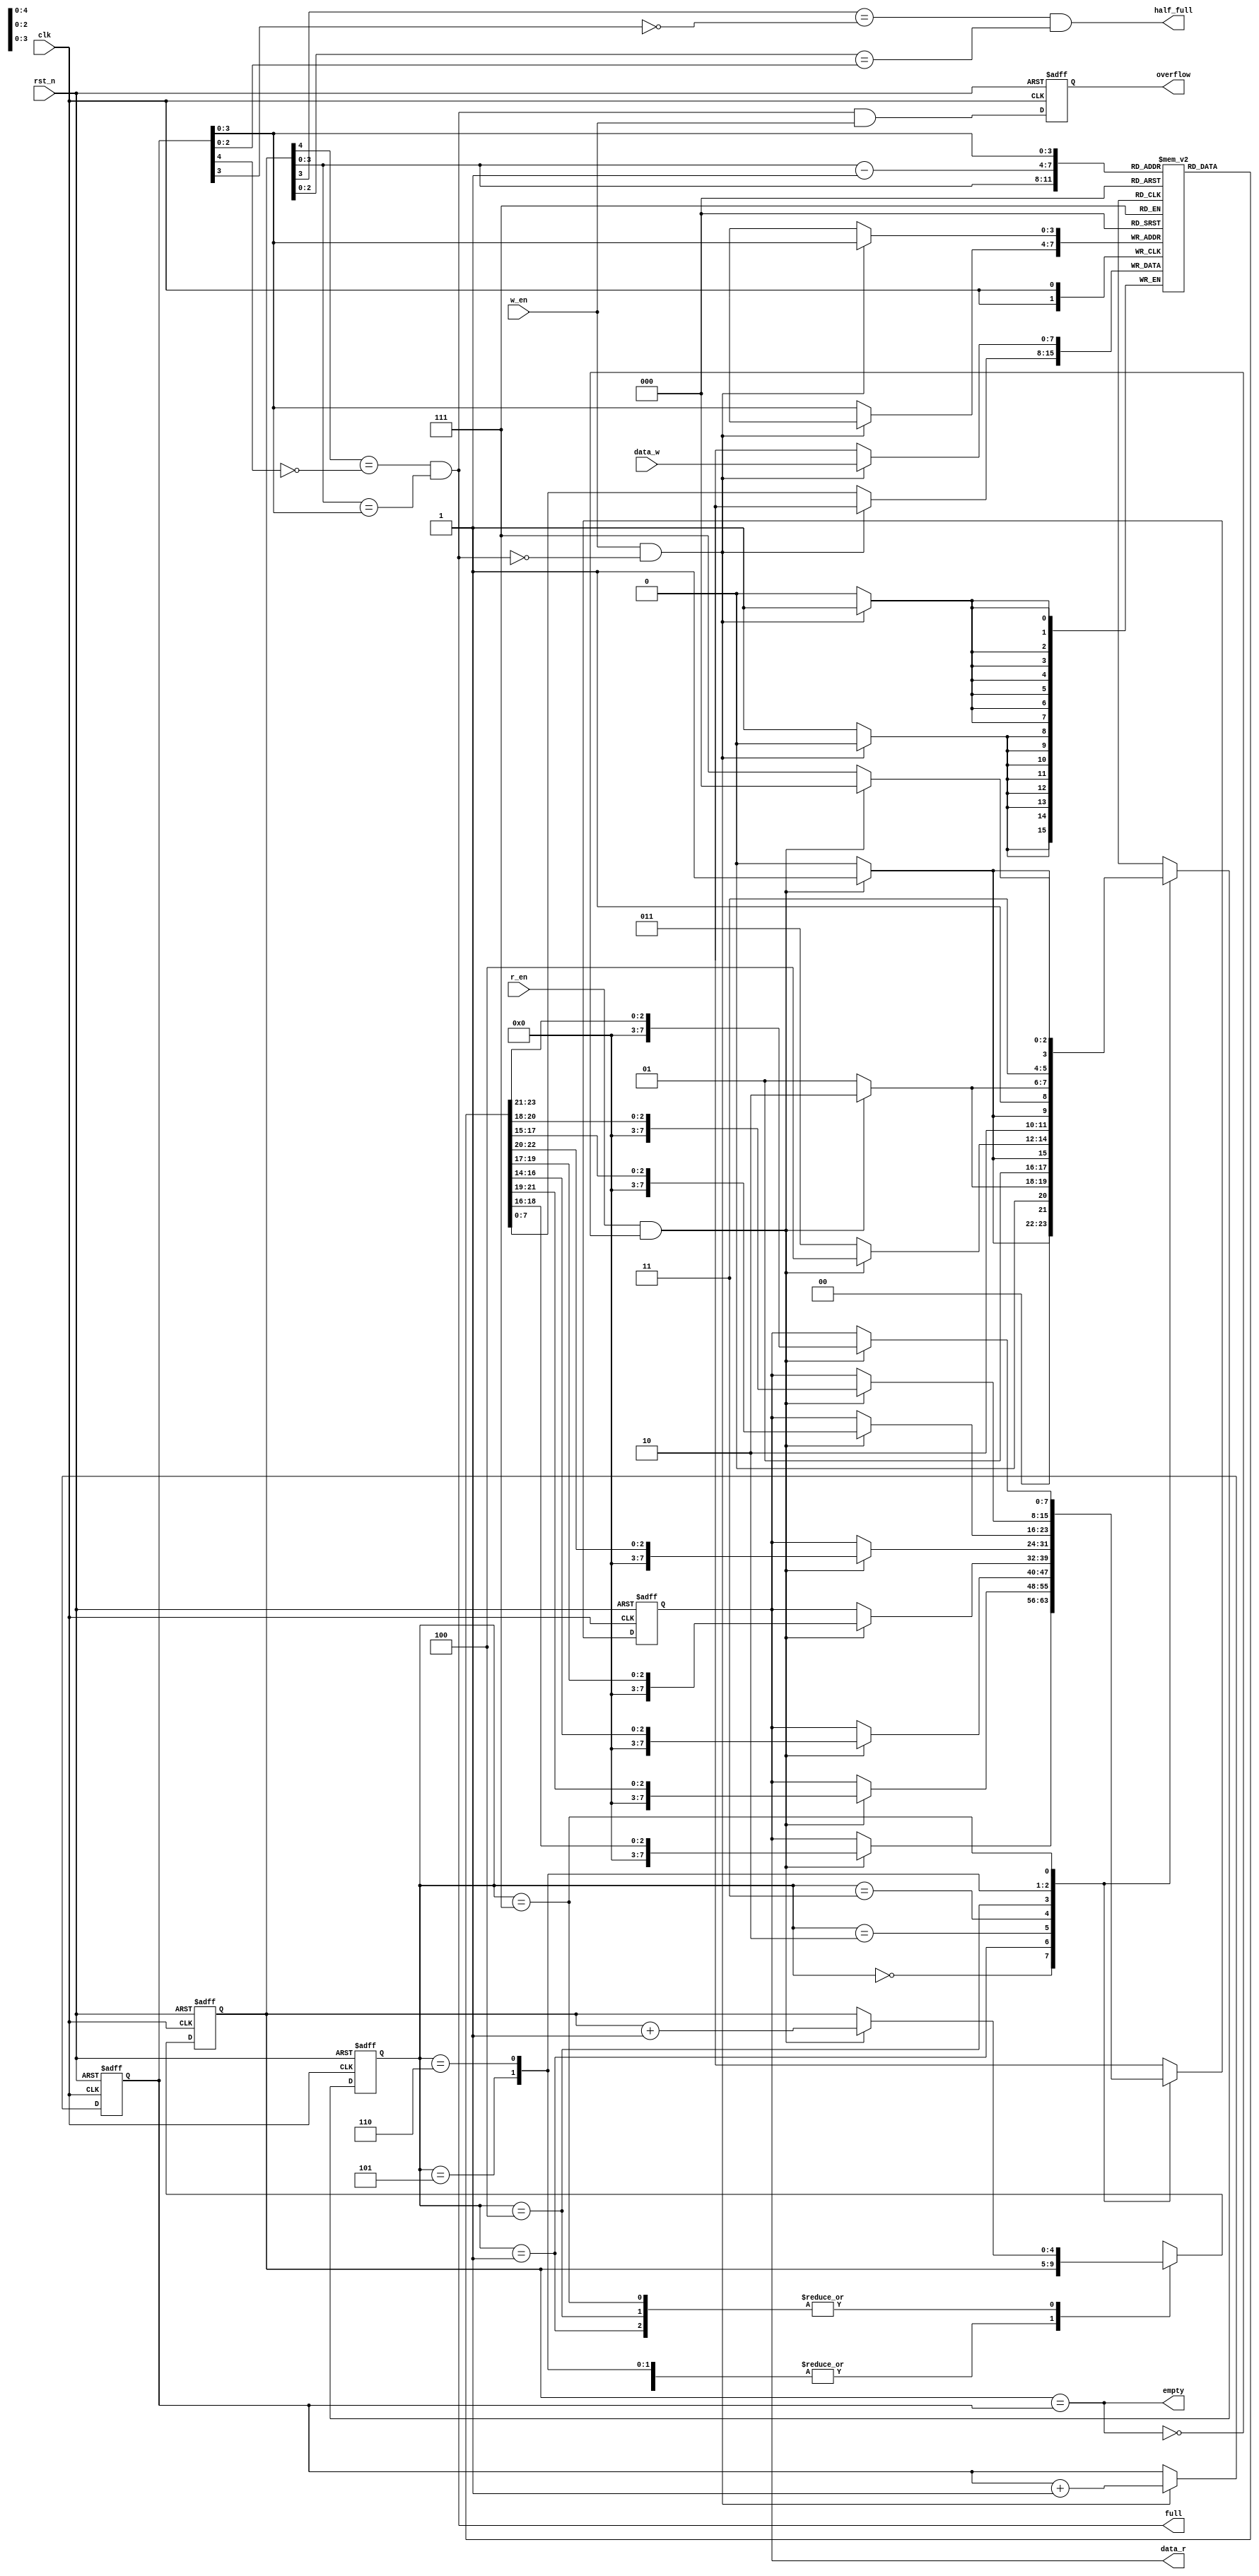
`timescale 1ns/1ns
module fifo
   (clk,rst_n,w_en,data_w,r_en,data_r,full,empty,half_full,overflow);


input   clk;
input   rst_n;
input   w_en;
input   r_en;
input   [8 - 1 : 0] data_w;

output   full;
output   empty;
output   half_full;
output   overflow;
output   [8 - 1 : 0]   data_r;

//State Machine

localparam [2:0] STATE0 = 3'b000,
                  STATE1 = 3'b001,
                  STATE2 = 3'b010,
                  STATE3 = 3'b011,
                  STATE4 = 3'b100,
                  STATE5 = 3'b101,
                  STATE6 = 3'b110,
                  STATE7 = 3'b111;

reg [2:0] state, state_nxt;


reg  [4 : 0] wr_ptr;  //add an extra bit to (4 - 1) to judge the empty and full
reg  [4 : 0] rd_ptr;
reg  [4 : 0] rd_ptr_nxt;

wire [4 : 0] rd_ptr_minus1;
assign  rd_ptr_minus1 = rd_ptr[4 : 0] - 1'b1;

reg        overflow;

reg   [8 - 1 : 0]   data_r;
reg   [8 - 1 : 0]   data_r_nxt;

wire  [8 - 1 : 0]   data_in;

reg [8 - 1 : 0] fifo_mem [0 : 16 - 1];  //define fifo_mem

//write function
always @(posedge clk)
if(w_en & ~full)
   fifo_mem[wr_ptr[4 - 1 : 0]] <= data_w; //use [4 - 1 : 0] as index
else
   fifo_mem[wr_ptr[4 - 1 : 0]] <= fifo_mem[wr_ptr[4 - 1 : 0]];
 
//read function 
// always @(posedge clk or negedge rst_n)
// if(!rst_n)
//    data_r <= 'b0;
// else if(r_en & ~empty)
//    data_r <= fifo_mem[rd_ptr[4 - 1 : 0]];
// else
//    data_r <= data_r;

//change the behavior of read_ptr according to the state machine

always @(posedge clk or negedge rst_n)
begin
   if(!rst_n) begin
      rd_ptr <= 5'b00000;
   end
   else
      rd_ptr <= rd_ptr_nxt;
end

//wr_ptr
always @(posedge clk or negedge rst_n)
if(!rst_n)
   wr_ptr <= 'b0;
else if(w_en & ~full)
   wr_ptr <= wr_ptr + 1'b1;
else
   wr_ptr <= wr_ptr;
   
//read_ptr
// always @(posedge clk or negedge rst_n)
// if(!rst_n)
//    rd_ptr <= 'b0;
// else if(r_en & ~empty)
//    rd_ptr <= rd_ptr + 1'b1;
// else
//    rd_ptr <= rd_ptr;

//change the behavior of read_ptr according to the state machine
always @(posedge clk or negedge rst_n)
begin
   if(!rst_n) begin
      data_r <= 3'b000;
   end
   else
      data_r <= data_r_nxt;
end


always @(*)
begin
   case(state)
   STATE0:
      if(r_en & !empty)
      begin
         state_nxt = STATE1;
         data_r_nxt = fifo_mem[rd_ptr[3:0]][2:0];
         rd_ptr_nxt = rd_ptr;
      end
      else
      begin
         state_nxt = STATE0;
         data_r_nxt = data_r;
         rd_ptr_nxt = rd_ptr;
      end
   STATE1:
      if(r_en & !empty)
      begin
         state_nxt = STATE2;
         data_r_nxt = fifo_mem[rd_ptr[3:0]][5:3];
         rd_ptr_nxt = rd_ptr + 1'b1;
      end
      else
      begin
         state_nxt = STATE1;
         data_r_nxt = data_r;
         rd_ptr_nxt = rd_ptr;
      end
   STATE2:
      if(r_en & !empty)
      begin
         state_nxt = STATE3;
         data_r_nxt = {fifo_mem[rd_ptr[3:0]][0] ,fifo_mem[rd_ptr_minus1[3:0]][7:6]};
         rd_ptr_nxt = rd_ptr;
      end
      else
      begin
         state_nxt = STATE2;
         data_r_nxt = data_r;
         rd_ptr_nxt = rd_ptr;
      end
   STATE3:
      if(r_en & !empty)
      begin
         state_nxt = STATE4;
         data_r_nxt = fifo_mem[rd_ptr[3:0]][3:1];
         rd_ptr_nxt = rd_ptr;
      end
      else
      begin
         state_nxt = STATE3;
         data_r_nxt = data_r;
         rd_ptr_nxt = rd_ptr;
      end
   STATE4:
      if(r_en & !empty)
      begin
         state_nxt = STATE5;
         data_r_nxt = fifo_mem[rd_ptr[3:0]][6:4];
         rd_ptr_nxt = rd_ptr + 1'b1;
      end
      else
      begin
         state_nxt = STATE4;
         data_r_nxt = data_r;
         rd_ptr_nxt = rd_ptr;
      end
   STATE5:
      if(r_en & !empty)
      begin
         state_nxt = STATE6;
         data_r_nxt = {fifo_mem[rd_ptr[3:0]][1:0], fifo_mem[rd_ptr_minus1[3:0]][7]};
         rd_ptr_nxt = rd_ptr;
      end
      else
      begin
         state_nxt = STATE5;
         data_r_nxt = data_r;
         rd_ptr_nxt = rd_ptr;
      end
   STATE6:
      if(r_en & !empty)
      begin
         state_nxt = STATE7;
         data_r_nxt = fifo_mem[rd_ptr[3:0]][4:2];
         rd_ptr_nxt = rd_ptr;
      end
      else
      begin
         state_nxt = STATE6;
         data_r_nxt = data_r;
         rd_ptr_nxt = rd_ptr;
      end
   STATE7:
      if(r_en & !empty)
      begin
         state_nxt = STATE0;
         data_r_nxt = fifo_mem[rd_ptr[3:0]][7:5];
         rd_ptr_nxt = rd_ptr + 1'b1;
      end
      else
      begin
         state_nxt = STATE7;
         data_r_nxt = data_r;
         rd_ptr_nxt = rd_ptr;
      end
   default:state_nxt = 3'b000;
   endcase
end

always @(posedge clk or negedge rst_n)
begin
   if(!rst_n) begin
      state <= 3'b000;
   end
   else
      state <= state_nxt;
end



assign  empty = (rd_ptr[4 : 0] == wr_ptr[4 : 0]);
assign  full = ((rd_ptr[4] == ~wr_ptr[4]) && (rd_ptr[4 - 1 : 0] == wr_ptr[4 - 1 : 0]));
assign  half_full = ((rd_ptr[4 - 1] == ~wr_ptr[4 - 1]) && (rd_ptr[4 - 2 : 0] == wr_ptr[4 - 2 : 0]));

//overflow
always @(posedge clk or negedge rst_n)
if(!rst_n)
   overflow <= 1'b0;
else
   overflow <= full & w_en;
   


endmodule